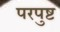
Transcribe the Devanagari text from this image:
परपुष्ट